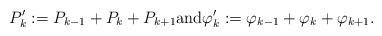
LaTeX: \begin{align*} P'_k := P_{k-1} + P_k + P_{k+1} \mbox{and} \varphi'_k := \varphi_{k-1} + \varphi_k + \varphi_{k+1}.\end{align*}